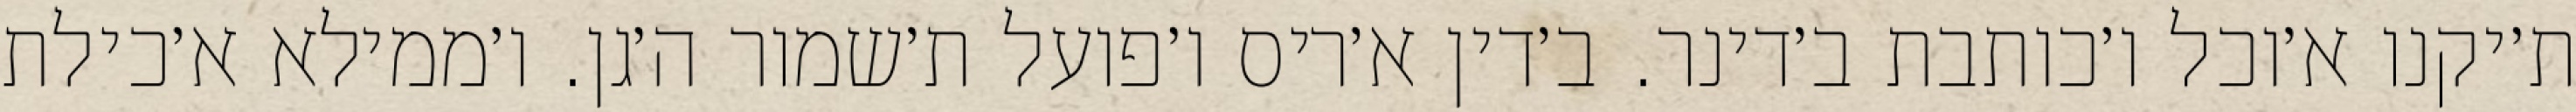
ת׳יקנו א׳וכל ו׳כותבת ב׳דינר. ב׳דין א׳ריס ו׳פועל ת׳שמור ה׳גן. ו׳ממילא א׳כילת